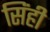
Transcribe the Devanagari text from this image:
सिंही